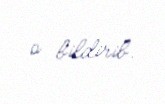
o bildirib.